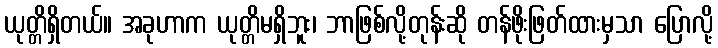
ယုတ္တိရှိတယ်။ အခုဟာက ယုတ္တိမရှိဘူး၊ ဘာဖြစ်လို့တုန်းဆို တန်ဖိုးဖြတ်ထားမှသာ ပြောလို့